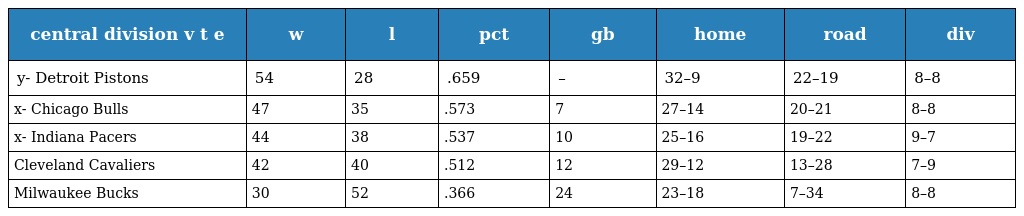
| central division v t e | w | l | pct | gb | home | road | div |
 | --- | --- | --- | --- | --- | --- | --- | --- |
 | y- Detroit Pistons | 54 | 28 | .659 | – | 32–9 | 22–19 | 8–8 |
 | x- Chicago Bulls | 47 | 35 | .573 | 7 | 27–14 | 20–21 | 8–8 |
 | x- Indiana Pacers | 44 | 38 | .537 | 10 | 25–16 | 19–22 | 9–7 |
 | Cleveland Cavaliers | 42 | 40 | .512 | 12 | 29–12 | 13–28 | 7–9 |
 | Milwaukee Bucks | 30 | 52 | .366 | 24 | 23–18 | 7–34 | 8–8 |